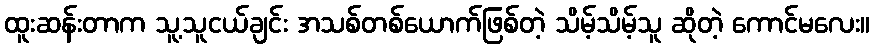
ထူးဆန်းတာက သူ့သူငယ်ချင်း အသစ်တစ်ယောက်ဖြစ်တဲ့ သိမ့်သိမ့်သူ ဆိုတဲ့ ကောင်မလေး။